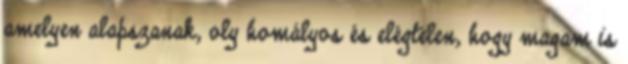
amelyen alapszanak, oly homályos és elégtelen, hogy magam is